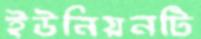
ইউনিয়নটি